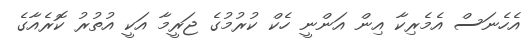
އެހެނަސް އެމެރިކާ އިން އަންނީ ހެކް ކުރުމުގެ ޖަރީމާ އަކީ އުތުރު ކޮރެއާގެ